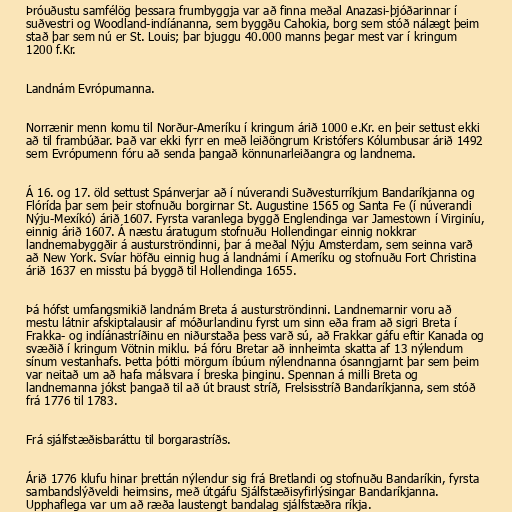
Þróuðustu samfélög þessara frumbyggja var að finna meðal Anazasi-þjóðarinnar í
suðvestri og Woodland-indíánanna, sem byggðu Cahokia, borg sem stóð nálægt þeim
stað þar sem nú er St. Louis; þar bjuggu 40.000 manns þegar mest var í kringum
1200 f.Kr.

Landnám Evrópumanna.

Norrænir menn komu til Norður-Ameríku í kringum árið 1000 e.Kr. en þeir settust ekki
að til frambúðar. Það var ekki fyrr en með leiðöngrum Kristófers Kólumbusar árið 1492
sem Evrópumenn fóru að senda þangað könnunarleiðangra og landnema.

Á 16. og 17. öld settust Spánverjar að í núverandi Suðvesturríkjum Bandaríkjanna og
Flórída þar sem þeir stofnuðu borgirnar St. Augustine 1565 og Santa Fe (í núverandi
Nýju-Mexíkó) árið 1607. Fyrsta varanlega byggð Englendinga var Jamestown í Virginíu,
einnig árið 1607. Á næstu áratugum stofnuðu Hollendingar einnig nokkrar
landnemabyggðir á austurströndinni, þar á meðal Nýju Amsterdam, sem seinna varð
að New York. Svíar höfðu einnig hug á landnámi í Ameríku og stofnuðu Fort Christina
árið 1637 en misstu þá byggð til Hollendinga 1655.

Þá hófst umfangsmikið landnám Breta á austurströndinni. Landnemarnir voru að
mestu látnir afskiptalausir af móðurlandinu fyrst um sinn eða fram að sigri Breta í
Frakka- og indíánastríðinu en niðurstaða þess varð sú, að Frakkar gáfu eftir Kanada og
svæðið í kringum Vötnin miklu. Þá fóru Bretar að innheimta skatta af 13 nýlendum
sínum vestanhafs. Þetta þótti mörgum íbúum nýlendnanna ósanngjarnt þar sem þeim
var neitað um að hafa málsvara í breska þinginu. Spennan á milli Breta og
landnemanna jókst þangað til að út braust stríð, Frelsisstríð Bandaríkjanna, sem stóð
frá 1776 til 1783.

Frá sjálfstæðisbaráttu til borgarastríðs.

Árið 1776 klufu hinar þrettán nýlendur sig frá Bretlandi og stofnuðu Bandaríkin, fyrsta
sambandslýðveldi heimsins, með útgáfu Sjálfstæðisyfirlýsingar Bandaríkjanna.
Upphaflega var um að ræða laustengt bandalag sjálfstæðra ríkja.